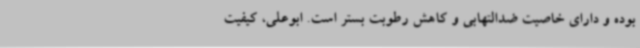
بوده و دارای خاصیت ضدالتهابی و کاهش رطوبت بستر است. ابوعلی، کیفیت